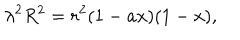
LaTeX: { \lambda } ^ { 2 } R ^ { 2 } = r ^ { 2 } ( 1 - a x ) ( 1 - x ) ,